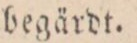
begärdt.